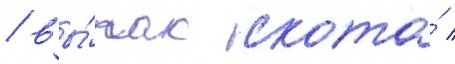
/ вы́пас скота́ /